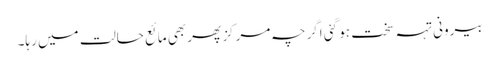
بیرونی تہہ سخت ہو گئی اگرچہ مرکز پھر بھی مائع حالت میں رہا۔